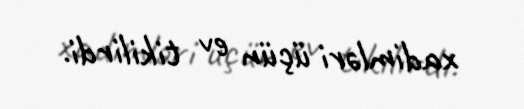
xadimləri üçün ev tikilirdi.